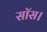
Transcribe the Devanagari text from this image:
सॉस।